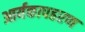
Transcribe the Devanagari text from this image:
आर्यकापहरण